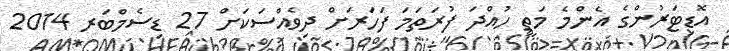
އޮޑިޓަރުންގެ އެންމެ މަތީ ހުއްދަ ފުރަތަމަ ފަހަރަށް ދިވެއްސަކަށް 27 ޑިސެމްބަރ 2014